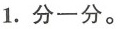
1.分一分。